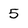
Character: 5